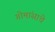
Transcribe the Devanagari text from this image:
गोमांसाचे